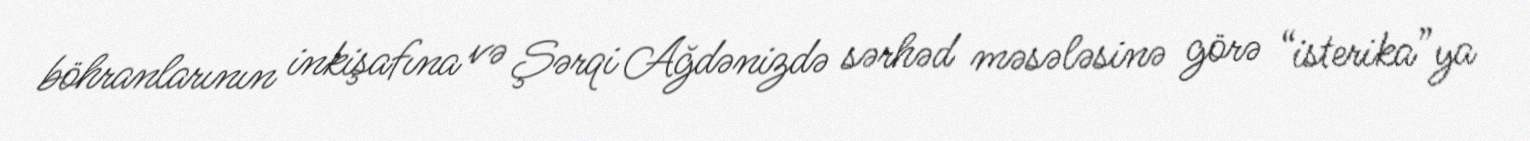
böhranlarının inkişafına və Şərqi Ağdənizdə sərhəd məsələsinə görə “isterika”ya